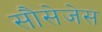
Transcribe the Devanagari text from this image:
सौसेजेस